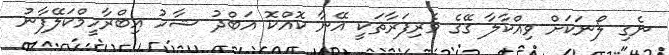
ނެގި ލޯނަކަށް ވިއްކާލާ ގޭގެ ވެރިފަރާތަކީ އޭނާ ކޮއްކޮ އަބްދު ޝާހު އިބްރާހީމްކަލޭފާނު